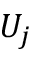
U _ { j }